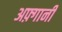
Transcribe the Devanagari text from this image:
अफ़्गानी